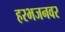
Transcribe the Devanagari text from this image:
हरभजनवर